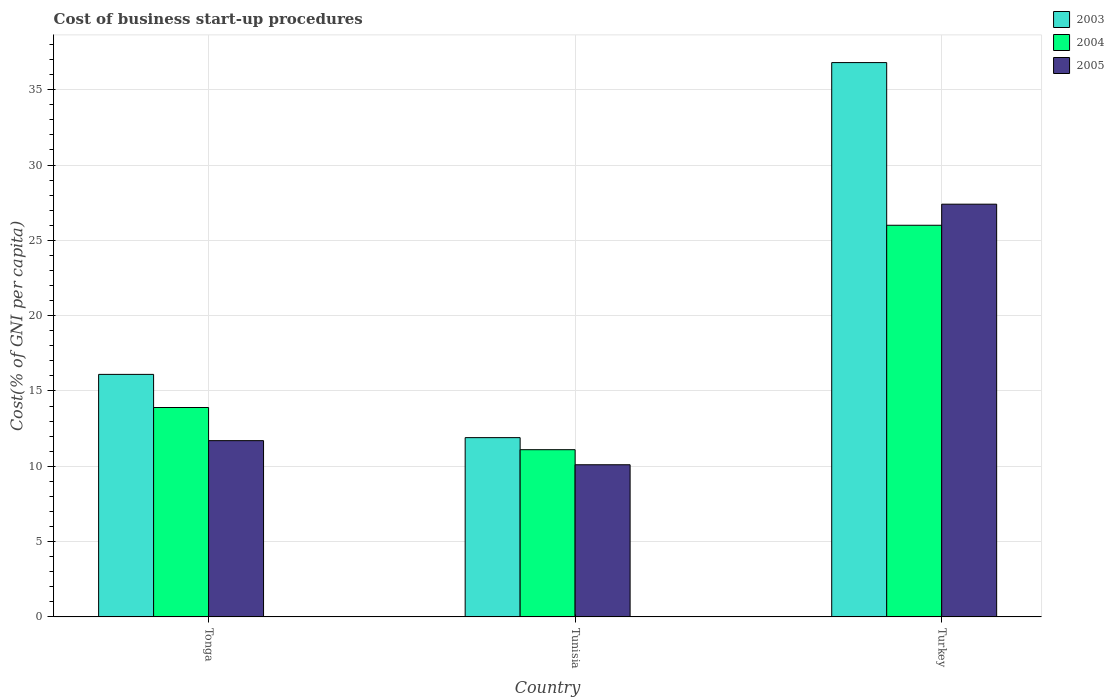
| Country | 2003 | 2004 | 2005 |
 | --- | --- | --- | --- |
 | Tonga | 16.1 | 13.9 | 11.7 |
 | Tunisia | 11.9 | 11.1 | 10.1 |
 | Turkey | 36.8 | 26 | 27.4 |